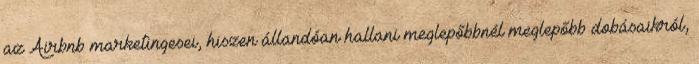
az Airbnb marketingesei, hiszen állandóan hallani meglepőbbnél meglepőbb dobásaikról,